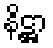
နိဋ္ဌာ